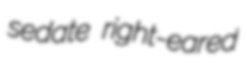
sedate right-eared